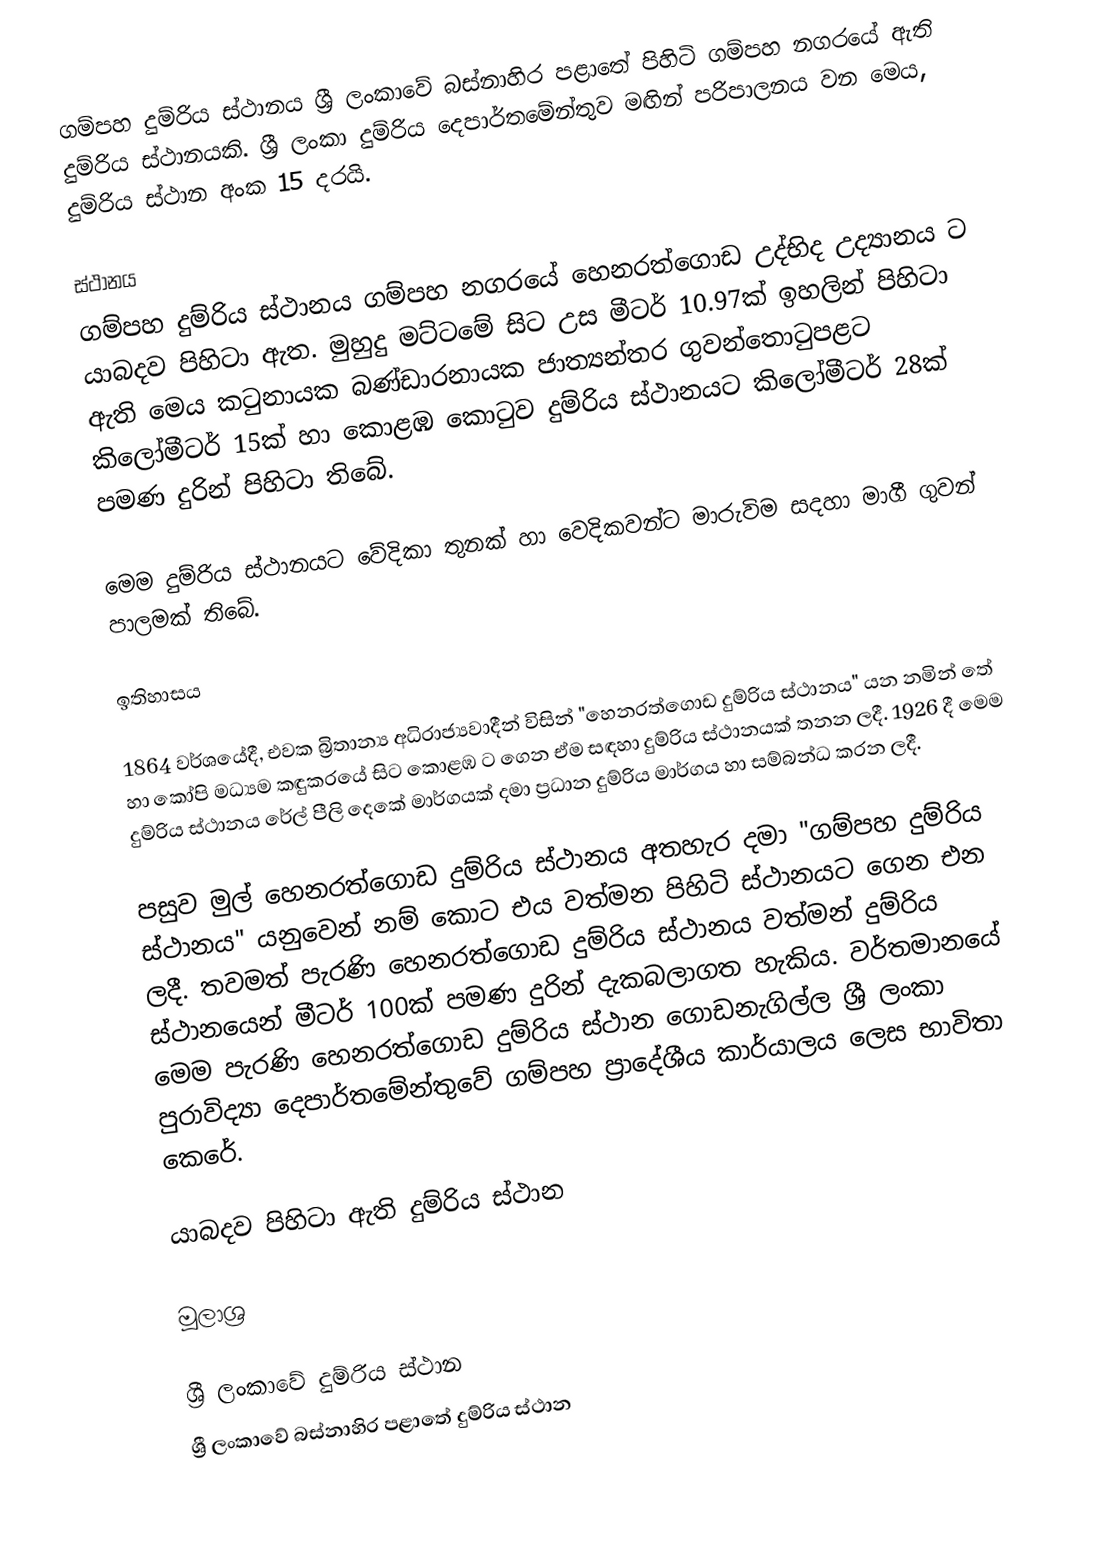
ගම්පහ දුම්රිය ස්ථානය ශ්‍රී ලංකාවේ බස්නාහිර පළාතේ පිහිටි ගම්පහ නගරයේ ඇති දුම්රිය ස්ථානයකි. ශ්‍රී ලංකා දුම්රිය දෙපාර්තමේන්තුව මඟින් පරිපාලනය වන මෙය, දුම්රිය ස්ථාන අංක 15 දරයි.

ස්ථානය
ගම්පහ දුම්රිය ස්ථානය ගම්පහ නගරයේ හෙනරත්ගොඩ උද්භිද උද්‍යානය ට යාබදව පිහිටා ඇත. මුහුදු මට්ටමේ සිට උස මීටර් 10.97ක් ඉහලින් පිහිටා ඇති මෙය කටුනායක බණ්ඩාරනායක ජාත්‍යන්තර ගුවන්තොටුපළට කිලෝමීටර් 15ක් හා කොළඹ කොටුව දුම්රිය ස්ථානයට කිලෝමීටර් 28ක් පමණ දුරින් පිහිටා තිබේ.

මෙම දුම්රිය ස්ථානයට වේදිකා තුනක් හා වෙදිකවන්ට මාරුවිම සදහා මාගී ගුවන් පාලමක් තිබේ.

ඉතිහාසය

1864 වර්ශයේදී, එවක බ්‍රිතාන්‍ය අධිරාජ්‍යවාදීන් විසින් "හෙනරත්ගොඩ දුම්රිය ස්ථානය" යන නමින් තේ හා කෝපි මධ්‍යම කඳුකරයේ සිට කොළඹ ට ගෙන ඒම සඳහා දුම්රිය ස්ථානයක් තනන ලදී. 1926 දී මෙම දුම්රිය ස්ථානය රේල් පීලි දෙකේ මාර්ගයක් දමා ප්‍රධාන දුම්රිය මාර්ගය හා සම්බන්ධ කරන ලදී.

පසුව මුල් හෙනරත්ගොඩ දුම්රිය ස්ථානය අතහැර දමා "ගම්පහ දුම්රිය ස්ථානය" යනුවෙන් නම් කොට එය වත්මන පිහිටි ස්ථානයට ගෙන එන ලදී. තවමත් පැරණි හෙනරත්ගොඩ දුම්රිය ස්ථානය වත්මන් දුම්රිය ස්ථානයෙන් මීටර් 100ක් පමණ දුරින් දැකබලාගත හැකිය.​‍ වර්තමානයේ මෙම පැරණි හෙනරත්ගොඩ දුම්රිය ස්ථාන ගොඩනැගිල්ල ශ්‍රී ලංකා පුරාවිද්‍යා දෙපාර්තමේන්තුවේ ගම්පහ ප්‍රාදේශීය කාර්යාලය ලෙස භාවිතා කෙරේ.

යාබදව පිහිටා ඇති දුම්රිය ස්ථාන

මූලාශ්‍ර

ශ්‍රී ලංකාවේ දුම්රිය ස්ථාන
ශ්‍රී ලංකාවේ බස්නාහිර පළාතේ දුම්රිය ස්ථාන